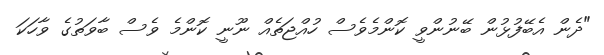
"ދެން އެބޭފުޅުން ބޭނުންވީ ކޮންމެވެސް ހުއްޖަތެއް ނޫނީ ކޮންމެ ވެސް ބާވަތުގެ ވާހަކަ